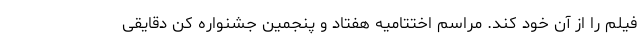
فیلم را از آن خود کند. مراسم اختتامیه هفتاد و پنجمین جشنواره کن دقایقی